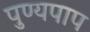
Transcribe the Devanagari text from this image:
पुण्यपाप